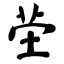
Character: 茔